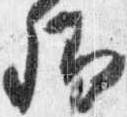
卿